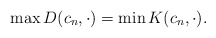
\begin{align*}\max D(c_n, \cdot)= \min K(c_n, \cdot).\end{align*}